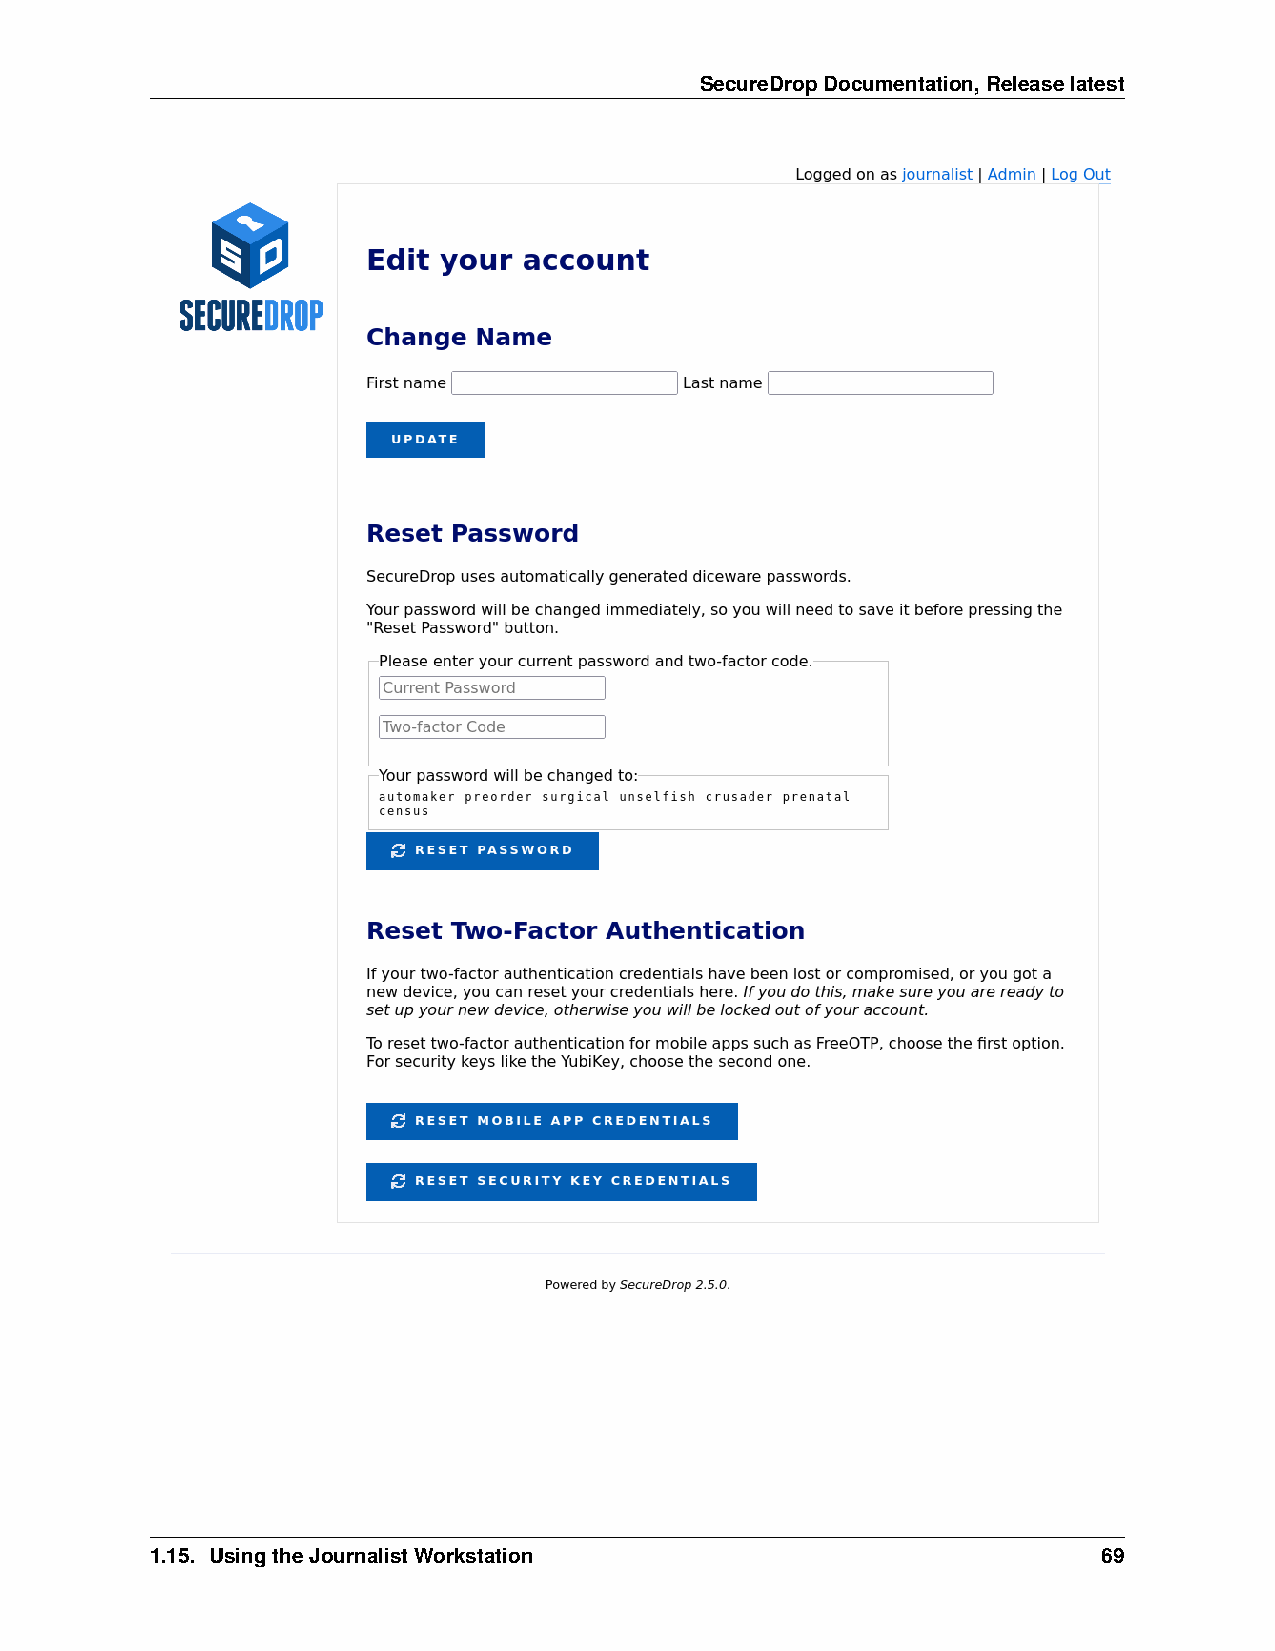
SecureDropDocumentation,Releaselatest
 1.15. UsingtheJournalistWorkstation                            69